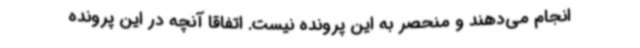
انجام می‌دهند و منحصر به این پرونده نیست. اتفاقا آنچه در این پرونده